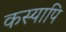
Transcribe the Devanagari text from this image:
कस्यापि